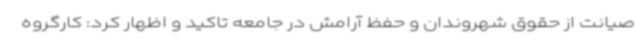
صیانت از حقوق شهروندان و حفظ آرامش در جامعه تاکید و اظهار کرد: کارگروه